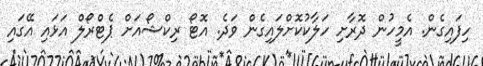
ހިފައިގެން. އެމީހުން ދޮރާށި ހަލާކުކޮށްލައިގެން ވަދެ. އޮޓޯ ރިކްޝޯއަށް ޕެޓްރޯލް އަޅައި އޭގައި